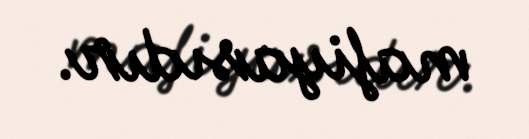
mafiyasıdır.